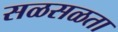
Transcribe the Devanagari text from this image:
सळसळता